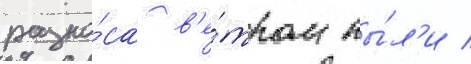
разно́са в'е́тром пы́л'и /